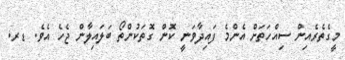
މީގެތެރެއިން ސިއްހަތަށް އެންމެ ފައިދާވަނީ ކޮން ގޮތަކުންތޯ ބަލައިލާން ޖެހެ އެވެ. ޑރ.